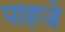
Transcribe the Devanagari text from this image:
पाहजे